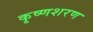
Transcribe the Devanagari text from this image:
कृष्णशरण